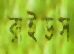
রাইডস